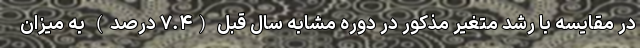
در مقایسه با رشد متغیر مذکور در دوره مشابه سال قبل (۷.۴ درصد) به میزان